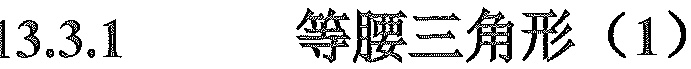
13.3.1  等腰三角形（1）